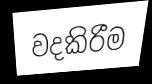
වදකිරීම